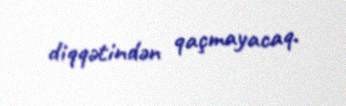
diqqətindən qaçmayacaq.